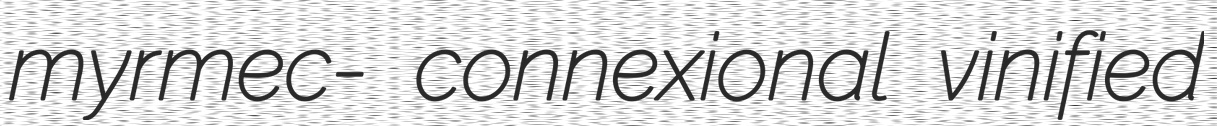
myrmec- connexional vinified